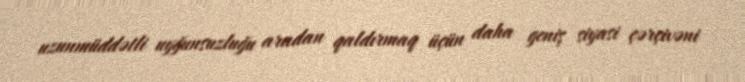
uzunmüddətli uyğunsuzluğu aradan qaldırmaq üçün daha geniş siyasi çərçivəni